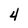
Character: 4